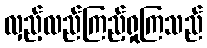
လှည့်လည်ကြည့်ရှုကြသည်